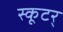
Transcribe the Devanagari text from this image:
स्कूटर्